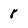
Character: 8